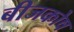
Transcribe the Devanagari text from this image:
बीजकोष